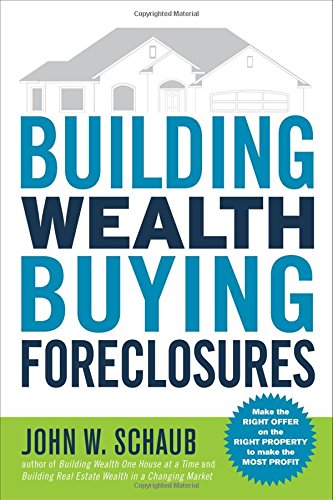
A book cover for Building Wealth Buying Foreclosures; John Schaub ; Business & Money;